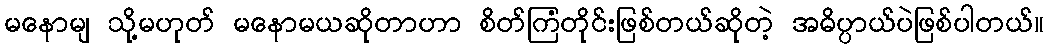
မနောမျ သို့မဟုတ် မနောမယဆိုတာဟာ စိတ်ကြံတိုင်းဖြစ်တယ်ဆိုတဲ့ အဓိပ္ပာယ်ပဲဖြစ်ပါတယ်။